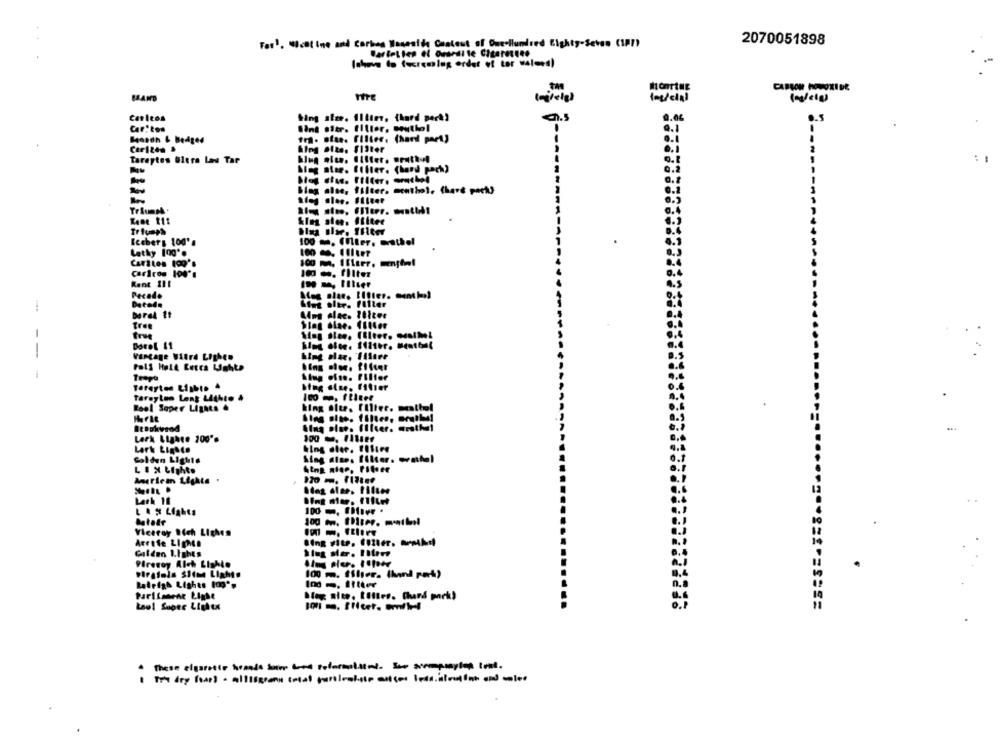
Tar', Wcat ine and Carbon Hasealda Content of Owellundred Eighty-Seven (17)
2070051898
Ichova lo tuaremlug ordet of tor walees)
CARSON HOWOXIDE
(medclal
Wing size. iltim, (hard perk)
0.04
0.5
Wint aitr. filler, southol
Q.1
Bandn & Bedges
fr. Blae. filter. (hard pmet)
hing alte. FiSter
Tareytes Glera Las Tar
Meg niee. filter. (hard pack)
-
blag alse, filter. menthol, Chard pack
Sieg slee. Filter
king sie. filter
Triumph
Iceberg 100's
100 . (filer. wrathel
Latky 100'.
Carlton 100'.
100 M.
Carirom 100'.
0 . filter
Kent 111
Pecado
Datede
Mint blir. Filter
Tree
Ding diae. (bie
True
Dorel 11
--
Vintage Wird Lighen
Poli Helt Lerts Lighte
Trepo
Alug ofte. Filter
Toreyten Light. 4
Tarayten Leng Lithto &
100 m. ftitee
Reel Soper Lights &
Lark Lighte 200'%
Lark Lighte
Golden Lighte
L'EX Light.
Ameriem Lighte .
100 -, OHier .
Viceroy Sich Lighes
Bing vite. fler. Mmkdi
Arrete Lights
Slug sier. Iileve
Pirevoy Alch Lishle
100 m. filter. (hand rock)
Ratrigh Lights tag',
100 -, Iitter
PariEmnene Light
Mag site, tilles. Chard pack)
Laul Suore Lightx
1001 m. fficer. emilel
These elgarette hrande hon te reformulated. Se sormpmaytea tent.